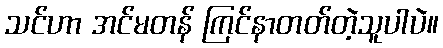
သင်ဟာ အင်မတန် ကြင်နာတတ်တဲ့သူပါပဲ။